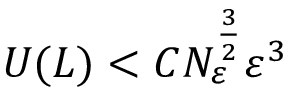
U ( L ) < C N _ { \varepsilon } ^ { \frac { 3 } { 2 } } \varepsilon ^ { 3 }